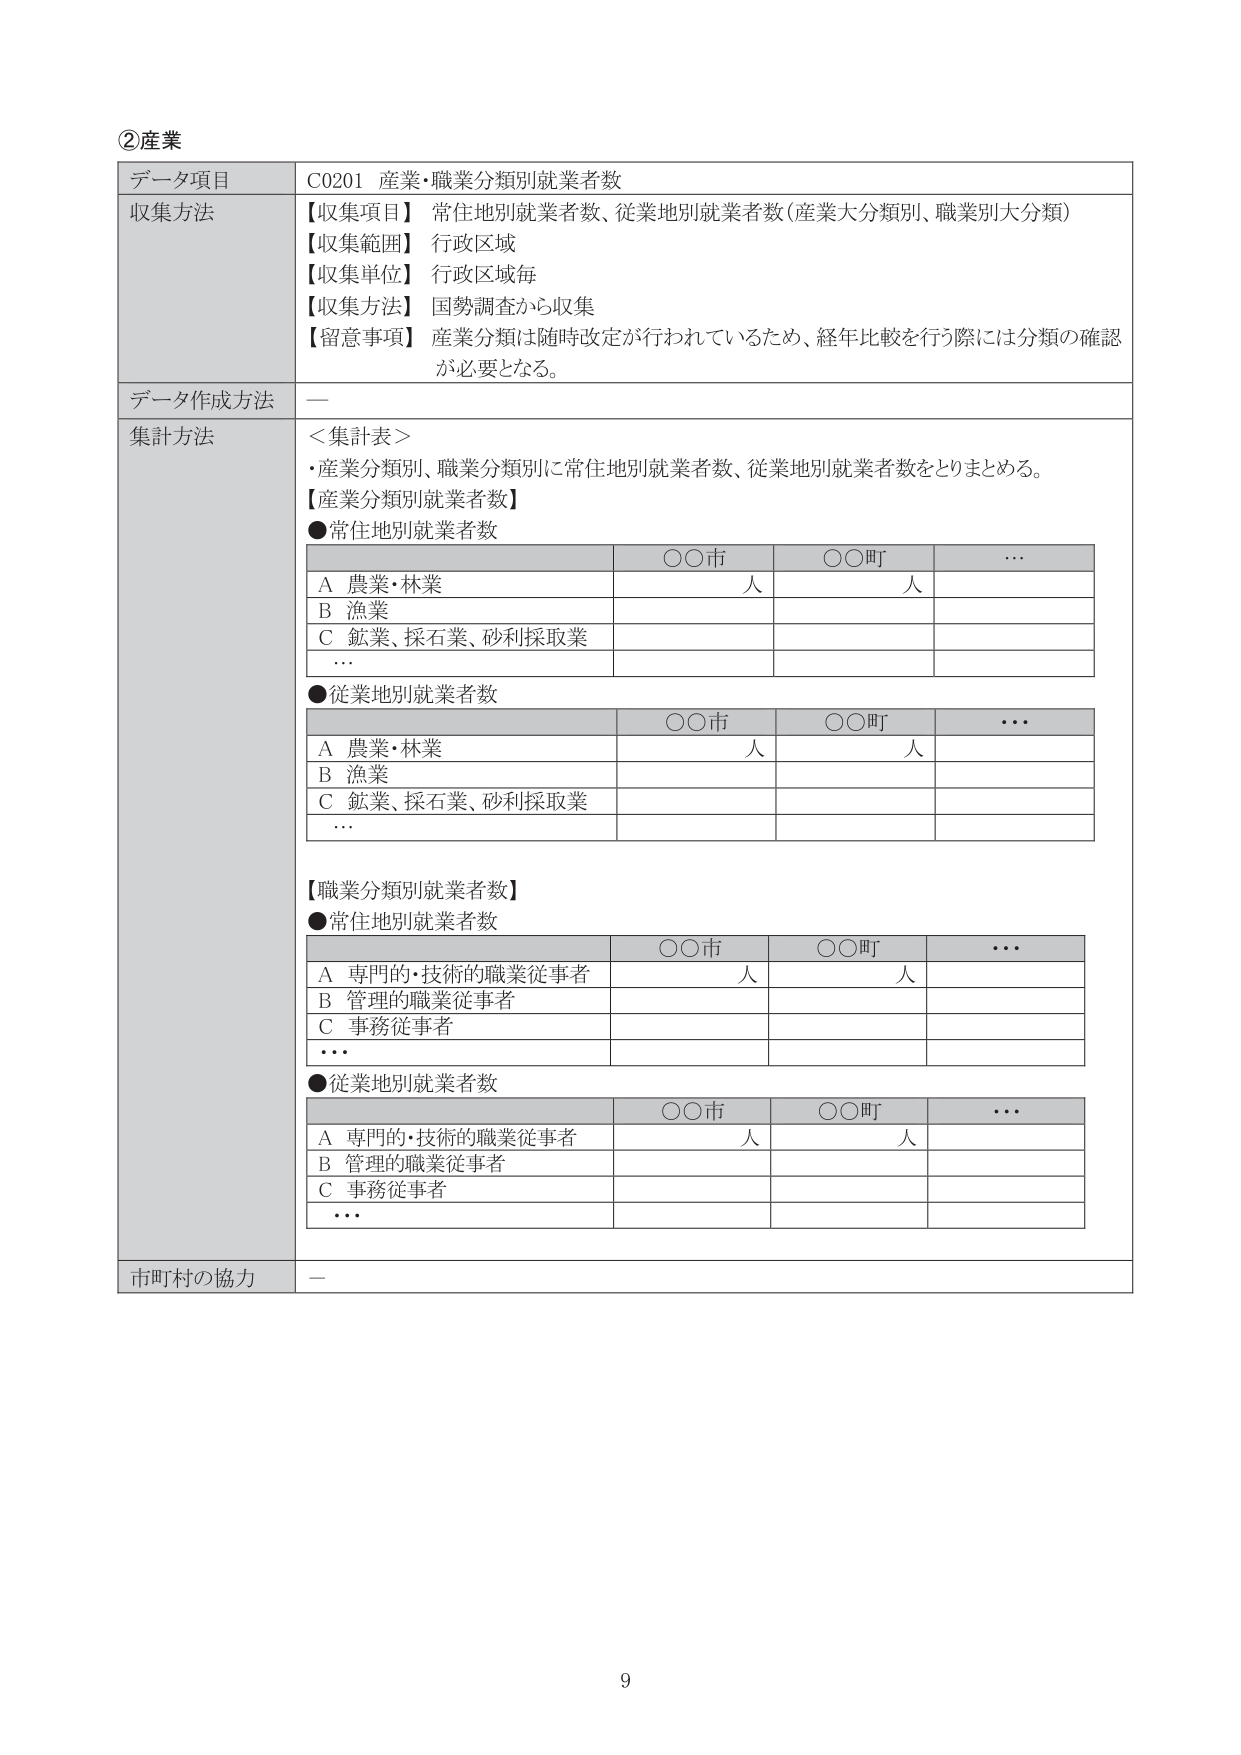
②産業

データ項目　C0201 産業・職業分類別就業者数

収集方法
【収集項目】 常住地別就業者数、従業地別就業者数（産業大分類別、職業別大分類）
【収集範囲】 行政区域
【収集単位】 行政区域毎
【収集方法】 国勢調査から収集
【留意事項】 産業分類は随時改定が行われているため、経年比較を行う際には分類の確認が必要となる。

データ作成方法　—

集計方法
＜集計表＞
・産業分類別、職業分類別に常住地別就業者数、従業地別就業者数をとりまとめる。

【産業分類別就業者数】
●常住地別就業者数

　　　　　　　　　　　　　　　〇〇市　　　　　　〇〇町　　　　　　…
A 農業・林業　　　　　　　　　　人　　　　　　　　人
B 漁業
C 鉱業、採石業、砂利採取業
…

●従業地別就業者数

　　　　　　　　　　　　　　　〇〇市　　　　　　〇〇町　　　　　　…
A 農業・林業　　　　　　　　　　人　　　　　　　　人
B 漁業
C 鉱業、採石業、砂利採取業
…

【職業分類別就業者数】
●常住地別就業者数

　　　　　　　　　　　　　　　〇〇市　　　　　　〇〇町　　　　　　…
A 専門的・技術的職業従事者　　　　人　　　　　　　　人
B 管理的職業従事者
C 事務従事者
…

●従業地別就業者数

　　　　　　　　　　　　　　　〇〇市　　　　　　〇〇町　　　　　　…
A 専門的・技術的職業従事者　　　　人　　　　　　　　人
B 管理的職業従事者
C 事務従事者
…

市町村の協力　—

9